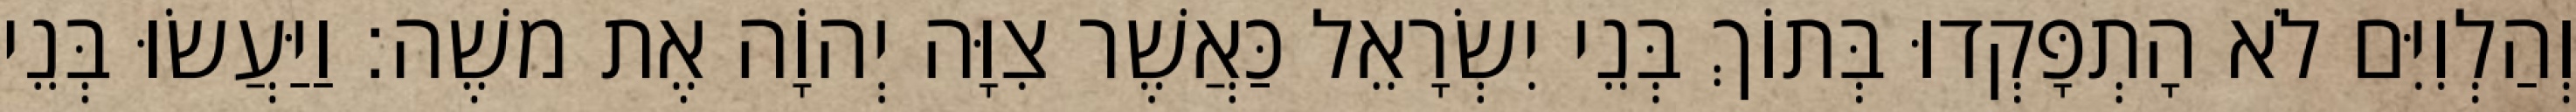
וְהַלְוִיִּם לֹא הָתְפָּקְדוּ בְּתוֹךְ בְּנֵי יִשְׂרָאֵל כַּאֲשֶׁר צִוָּה יְהוָֹה אֶת משֶׁה׃ וַיַּעֲשׂוּ בְּנֵי